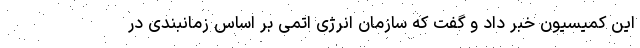
این کمیسیون خبر داد و گفت که سازمان انرژی اتمی بر اساس زمانبندی در